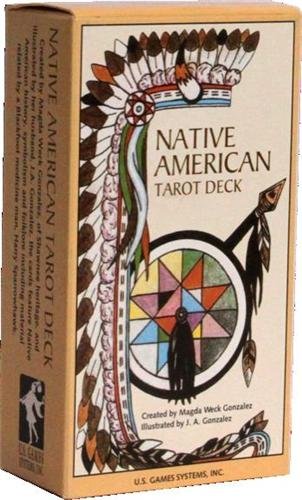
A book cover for Native American Tarot Deck (Religion and Spirituality); Magda Weck Gonzalez; Religion & Spirituality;